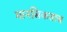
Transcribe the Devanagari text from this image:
मानसिकताच